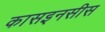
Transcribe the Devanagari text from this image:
कासइनसीस